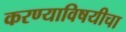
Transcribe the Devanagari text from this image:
करण्याविषयीचा